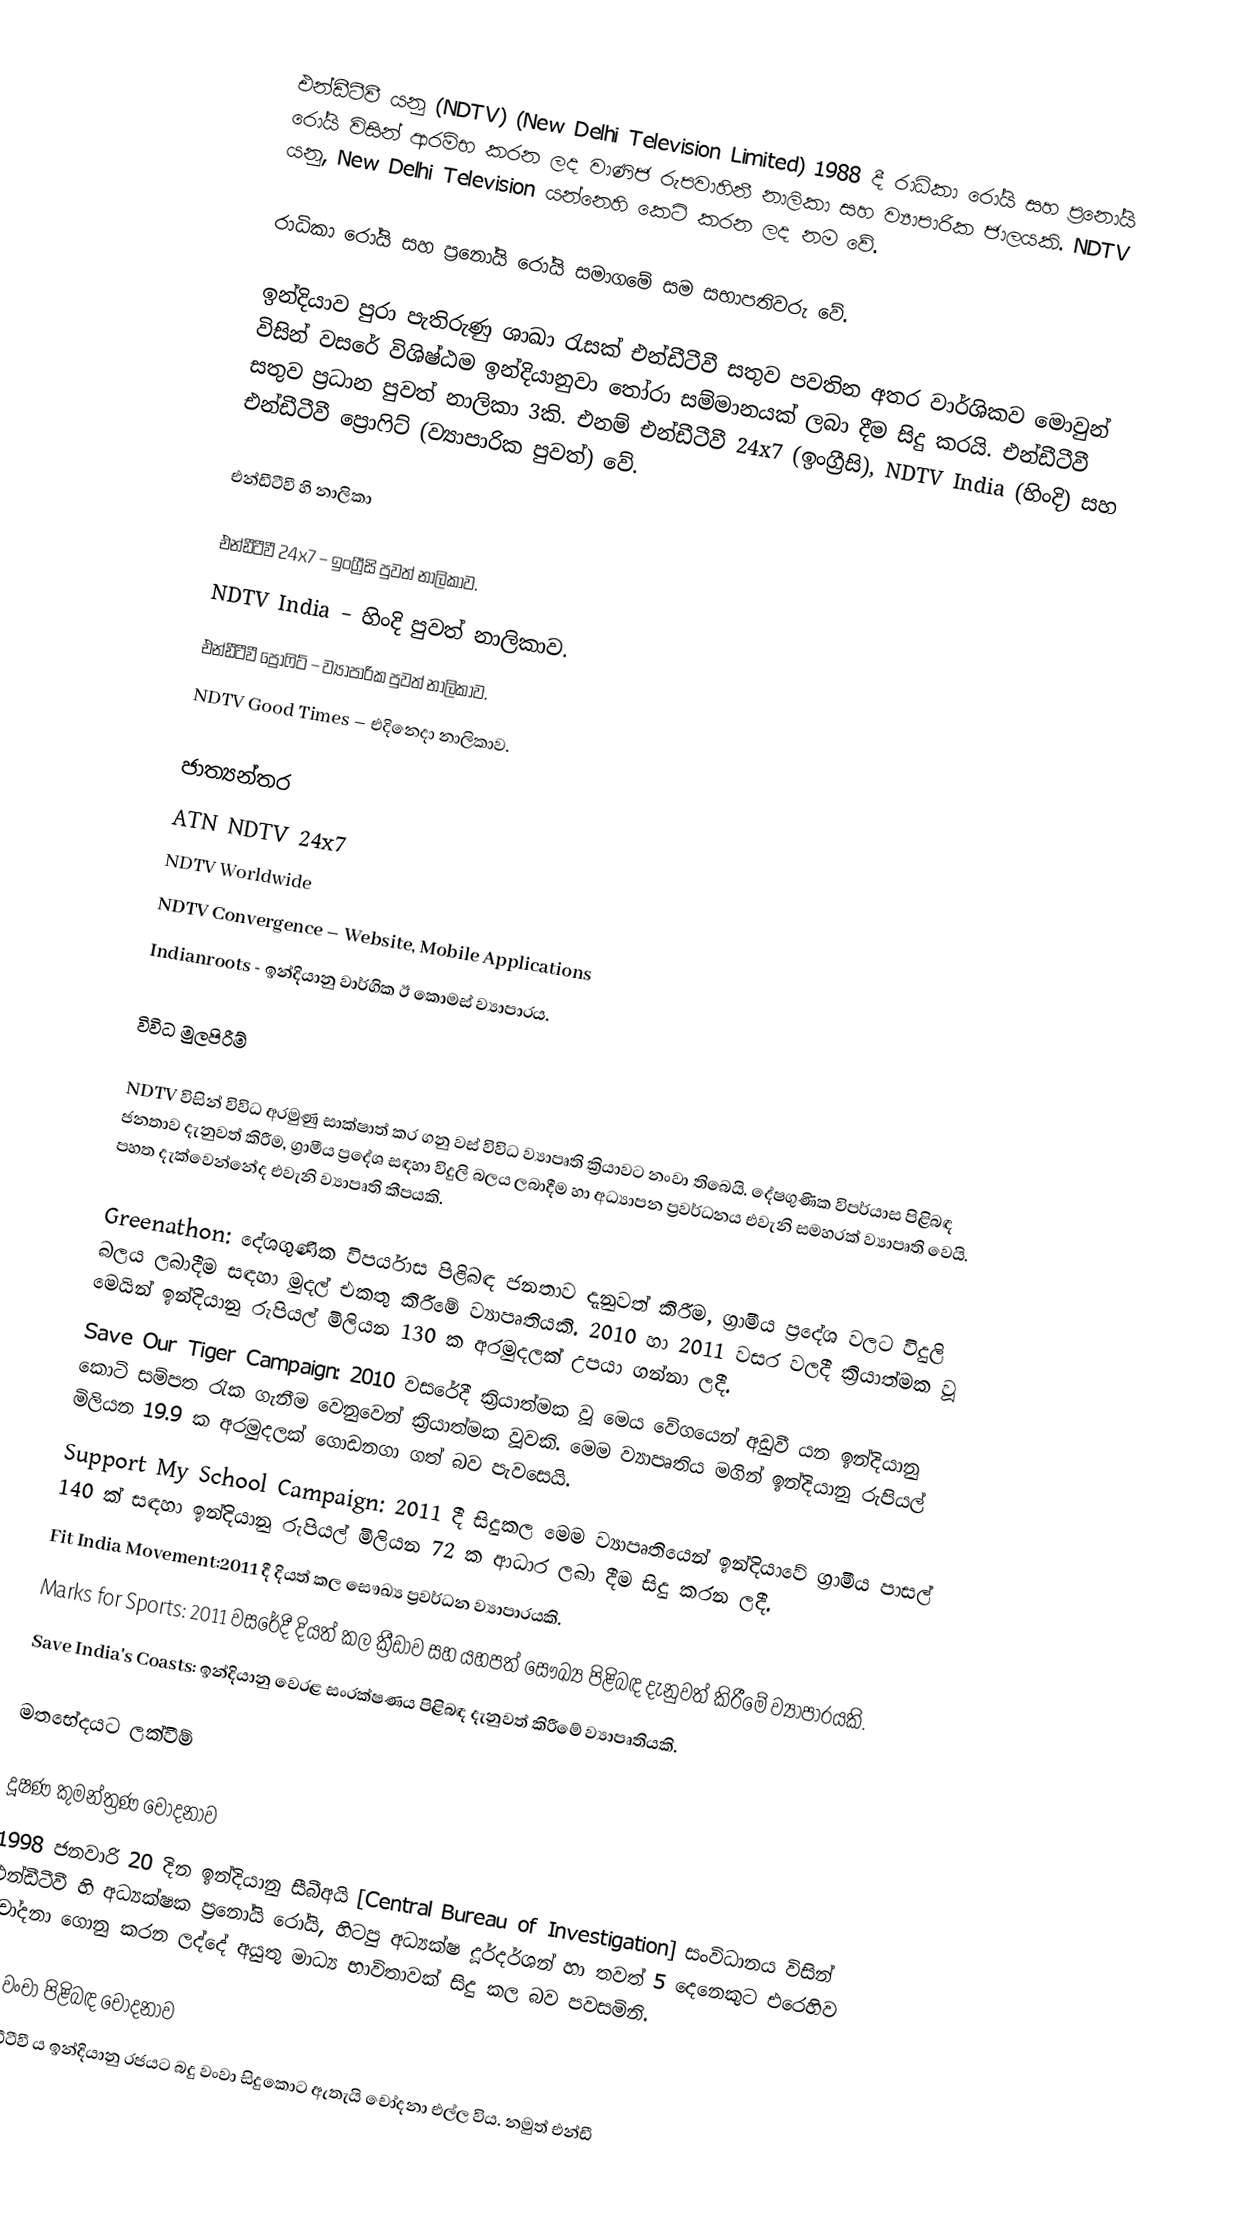
එන්ඩීටීවී යනු (NDTV) (New Delhi Television Limited) 1988 දී රාධිකා රෝයි සහ ප්‍රනෝයි රෝයි විසින් ආරම්භ කරන ලද වාණිජ රුපවාහිනී නාලිකා සහ ව්‍යාපාරික ජාලයකි. NDTV යනු, New Delhi Television යන්නෙහි කෙටි කරන ලද නම වේ.

රාධිකා රෝයි සහ ප්‍රනෝයි රෝයි සමාගමේ සම සභාපතිවරු වේ.

ඉන්දියාව පුරා පැතිරුණු ශාඛා රැසක් එන්ඩීටීවී සතුව පවතින අතර වාර්ශිකව මොවුන් විසින් වසරේ විශිෂ්ඨම ඉන්දියානුවා තෝරා සම්මානයක් ලබා දීම සිදු කරයි. එන්ඩීටීවී සතුව ප්‍රධාන පුවත් නාලිකා 3කි. එනම්  එන්ඩීටීවී 24x7 (ඉංග්‍රීසි), NDTV India (හිංදි) සහ  එන්ඩීටීවී ප්‍රොෆිට් (ව්‍යාපාරික පුවත්) වේ.

එන්ඩීටීවී හි නාලිකා

 එන්ඩීටීවී 24x7 – ඉංග්‍රීසි පුවත් නාලිකාව.
 NDTV India – හිංදි පුවත් නාලිකාව.
 එන්ඩීටීවී ප්‍රොෆිට් – ව්‍යාපාරික පුවත් නාලිකාව.
 NDTV Good Times – එදිනෙදා නාලිකාව.

ජාත්‍යන්තර
 ATN NDTV 24x7
 NDTV Worldwide
 NDTV Convergence – Website, Mobile Applications
 Indianroots - ඉන්දියානු වාර්ගික ඊ කොමස් ව්‍යාපාරය.

විවිධ මුලපිරීම්

NDTV විසින් විවිධ අරමුණු සාක්ෂාත් කර ගනු වස් විවිධ ව්‍යාපෘති ක්‍රියාවට නංවා තිබෙයි. දේෂගුණික විපර්යාස පිළිබඳ ජනතාව දැනුවත් කිරීම, ග්‍රාමීය ප්‍රදේශ සඳහා විදුලි බලය ලබාදීම හා අධ්‍යාපන ප්‍රවර්ධනය එවැනි සමහරක් ව්‍යාපෘති වෙයි. පහත දැක්වෙන්නේද එවැනි ව්‍යාපෘති කීපයකි.

 Greenathon: දේශගුණික විපර්යාස පිළිබඳ ජනතාව දැනුවත් කිරීම, ග්‍රාමීය ප්‍රදේශ වලට විදුලි බලය ලබාදීම සඳහා මුදල් එකතු කිරීමේ ව්‍යාපෘතියකි. 2010 හා 2011 වසර වලදී ක්‍රියාත්මක වූ මෙයින් ඉන්දියානු රුපියල් මිලියන 130 ක අරමුදලක් උපයා ගන්නා ලදී.
 Save Our Tiger Campaign:  2010 වසරේදී ක්‍රියාත්මක වූ මෙය වේගයෙන් අඩුවී යන ඉන්දියානු කොටි සම්පත රැක ගැනීම වෙනුවෙන් ක්‍රියාත්මක වූවකි. මෙම ව්‍යාපෘතිය මගින් ඉන්දියානු රුපියල් මිලියන 19.9 ක අරමුදලක් ගොඩනගා ගත් බව පැවසෙයි.
 Support My School Campaign: 2011 දී සිදුකල මෙම ව්‍යාපෘතියෙන් ඉන්දියාවේ ග්‍රාමීය පාසල් 140 ක් සඳහා ඉන්දියානු රුපියල් මිලියන 72 ක ආධාර ලබා දීම සිදු කරන ලදී.
 Fit India Movement:2011 දී දියත් කල සෞඛ්‍ය ප්‍රවර්ධන ව්‍යාපාරයකි.
Marks for Sports: 2011 වසරේදී දියත් කල ක්‍රීඩාව සහ යහපත් සෞඛ්‍ය පිළිබඳ දැනුවත් කිරීමේ ව්‍යාපාරයකි.
Save India's Coasts: ඉන්දියානු වෙරළ සංරක්ෂණය පිළිබඳ දැනුවත් කිරීමේ ව්‍යාපෘතියකි.

මතභේදයට ලක්වීම්

දූෂණ කුමන්ත්‍රණ චෝදනාව
1998 ජනවාරි 20 දින ඉන්දියානු සීබීඅයි [Central Bureau of Investigation] සංවිධානය විසින් එන්ඩීටීවී හි අධ්‍යක්ෂක  ප්‍රනෝයි රෝයි, හිටපු අධ්‍යක්ෂ දූර්දර්ශන් හා තවත් 5 දෙනෙකුට එරෙහිව චෝදනා ගොනු කරන ලද්දේ අයුතු මාධ්‍ය භාවිතාවක් සිදු කල බව පවසමිනි.

බදු වංචා පිළිබඳ චෝදනාව
එන්ඩීටීවී ය ඉන්දියානු රජයට බදු වංවා සිදුකොට ඇතැයි චෝදනා එල්ල විය. නමුත් එන්ඩී